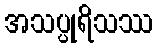
အသပ္ပုရိသဿ